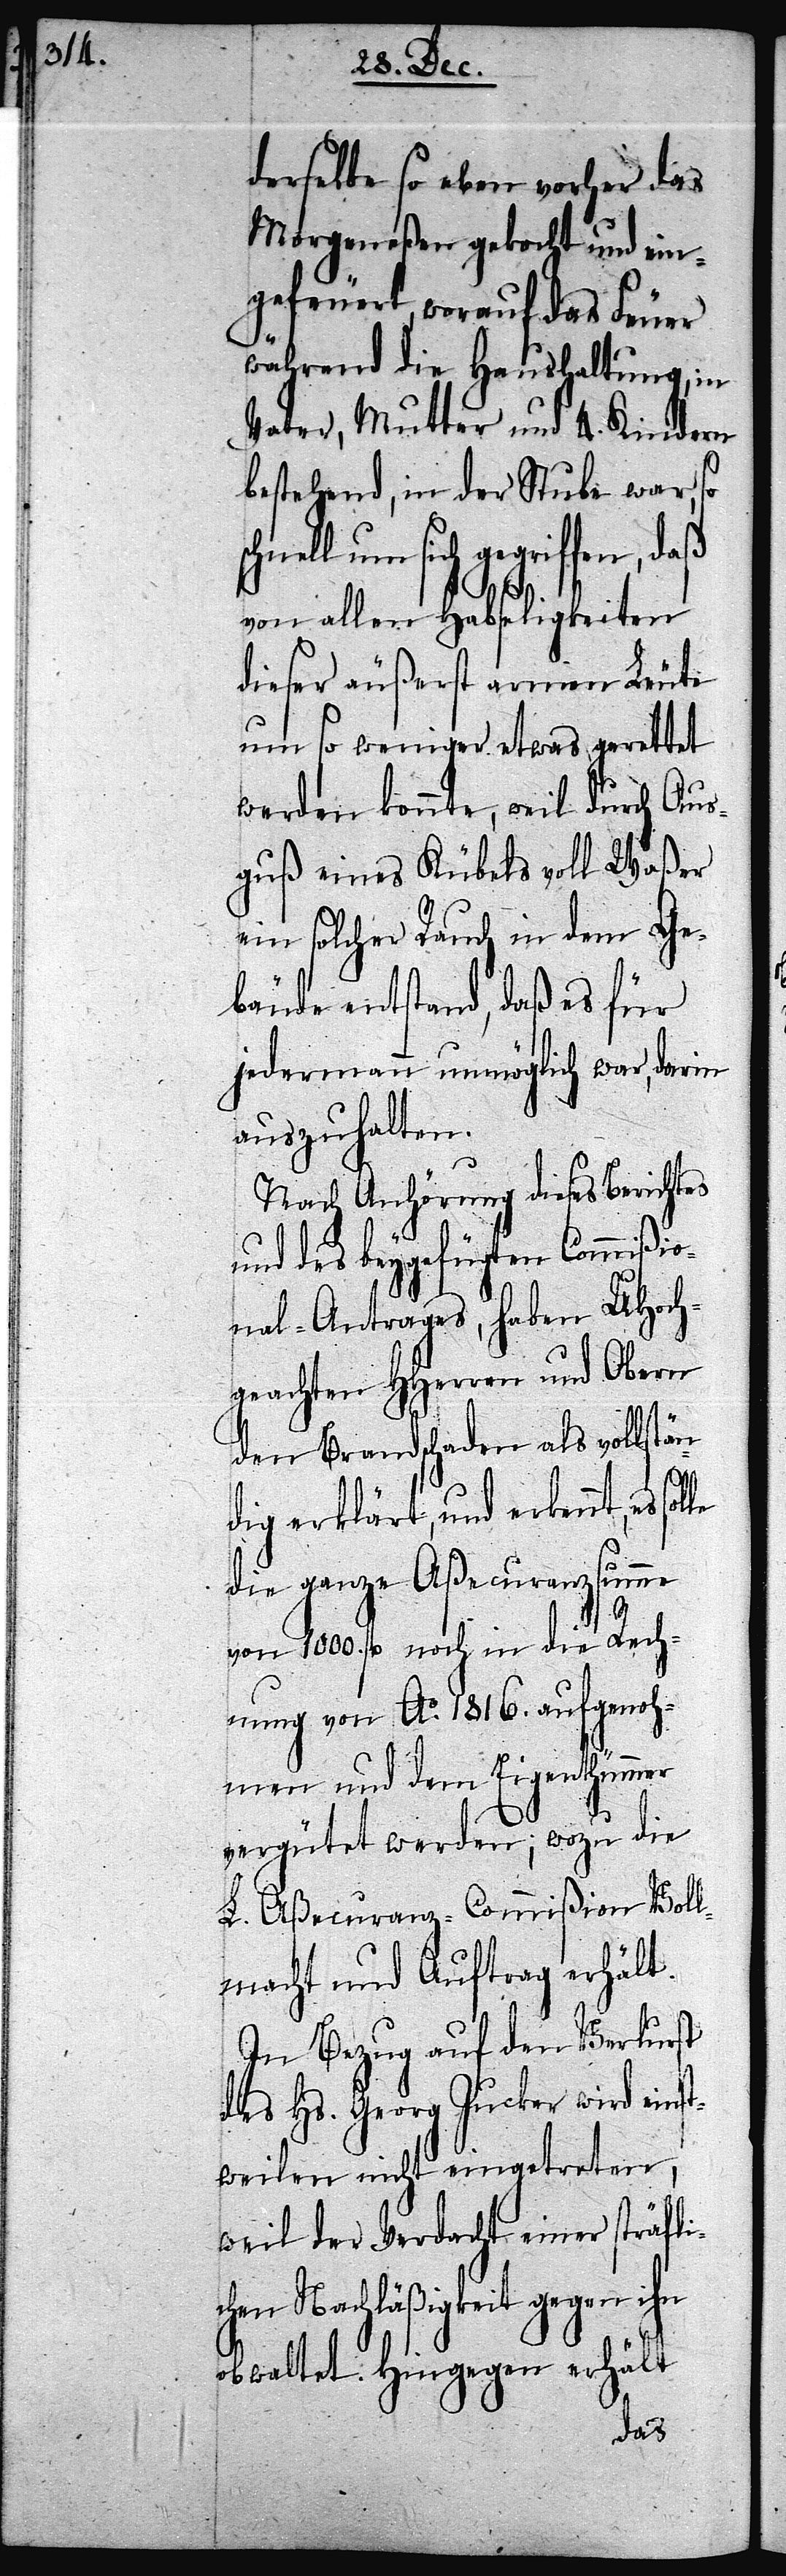
derselbe so eben vorher das
Morgeneßen gekocht und ein¬
gefeuert, worauf das Feuer
während die Haushaltung, in
Vater, Mutter und 4. Kindern
bestehend, in der Stube war, so
sich gegriffen, daß
von allen Habseligkeiten
dieser äußerst armen Leute
um so weniger etwas gerettet
werden konnte, weil durch Aus¬
guß eines Kübels voll Waßer
ein solcher Rauch in dem Ge¬
bäude entstand, daß es für
jedermann unmöglich war, darin
auszuhalten.
Nach Anhörung dieses Berichtes
und des beygefügten Commißio¬
nal-Antrages, haben UHoch¬
geachten HHerren und Obern
den Brandschaden als vollstän¬
le
dig erklärt, und erkennt, es sol¬
die ganze Aßecuranzsumme
von 1000. fl noch in die Rech¬
nung von Ao. 1816. aufgenoh¬
men und dem Eigenthümmer
vergütet werden; wozu die
L. Aßecuranz-Commißion Vol¬
lmacht und Auftrag erhält.
In Bezug auf den Verlurst
des Hs. Georg Jucker wird einst¬
weilen nicht eingetreten,
weil der Verdacht einer sträfli¬
chen Nachläßigkeit gegen ihn
obwaltet. Hingegen erhält